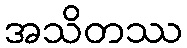
အသိတဿ